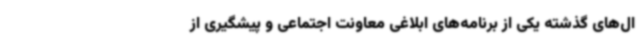
ال‌های گذشته یکی از برنامه‌های ابلاغی معاونت اجتماعی و پیشگیری از